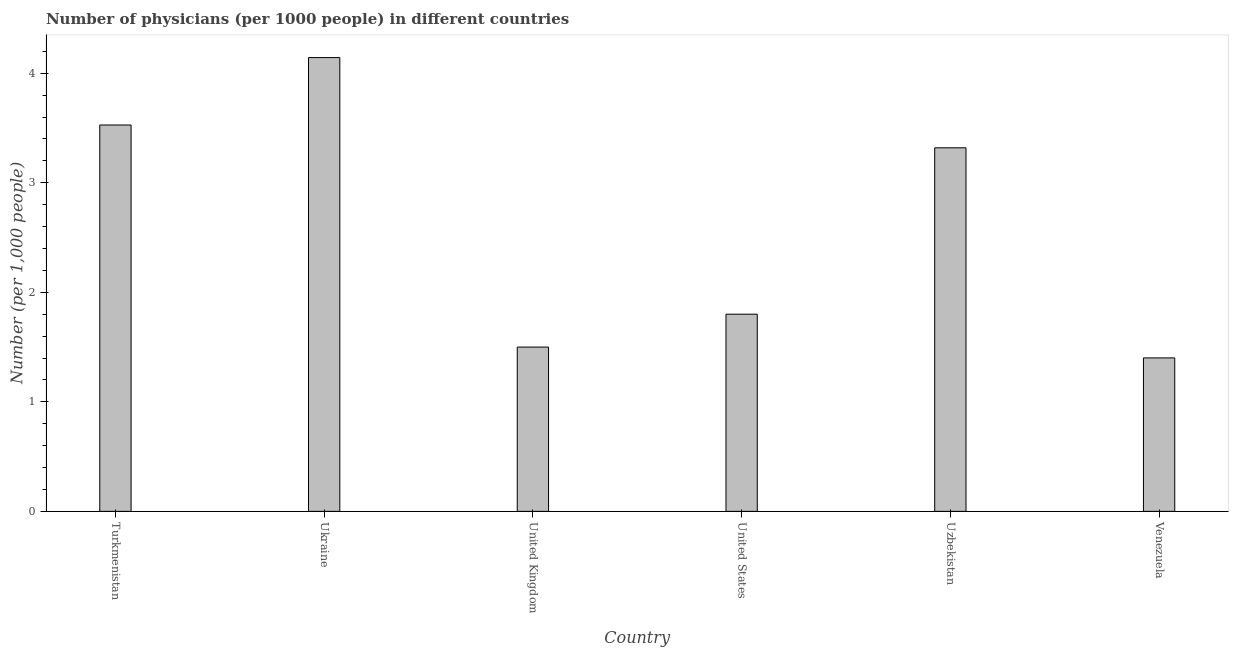
| Country | Physicians |
 | --- | --- |
 | Turkmenistan | 3.53 |
 | Ukraine | 4.14 |
 | United Kingdom | 1.5 |
 | United States | 1.8 |
 | Uzbekistan | 3.32 |
 | Venezuela | 1.4 |